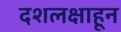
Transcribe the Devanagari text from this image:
दशलक्षाहून